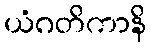
ယံဂတိကာနိ